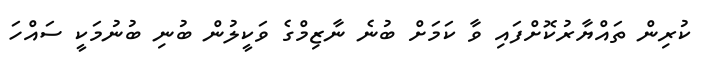
ކުރިން ތައްޔާރުކޮށްފައި ވާ ކަމަށް ބުނެ ނާޒިމްގެ ވަކީލުން ބުނި ބުނުމަކީ ސައްހަ